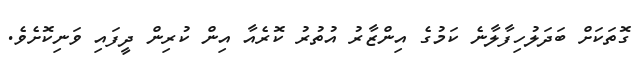
ގޮތަކަށް ބަދަލުހިފާލާނެ ކަމުގެ އިންޒާރު އުތުރު ކޮރެއާ އިން ކުރިން ދީފައި ވަނިކޮށެވެ.